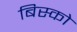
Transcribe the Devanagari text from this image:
बिस्को